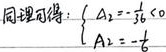
同理可得：$\begin{cases}A_{1}=-\frac{1}{3}b^{2} \\ A_{2}=-\frac{1}{6}\end{cases}$